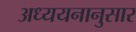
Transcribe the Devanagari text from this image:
अध्ययनानुसार